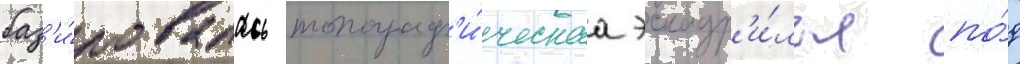
баз'и́ровалась топограф'и́ческаа эскадр'и́лья по́д